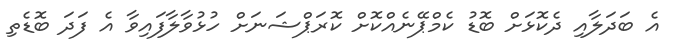
އެ ބަދަލާއި ދެކޮޅަށް ބޮޑު ކެމްޕޭނެއްކޮށް ކޮރަޕްޝަނަށް ހުޅުވާލާފައިވާ އެ ފަދަ ބޮޑެތި